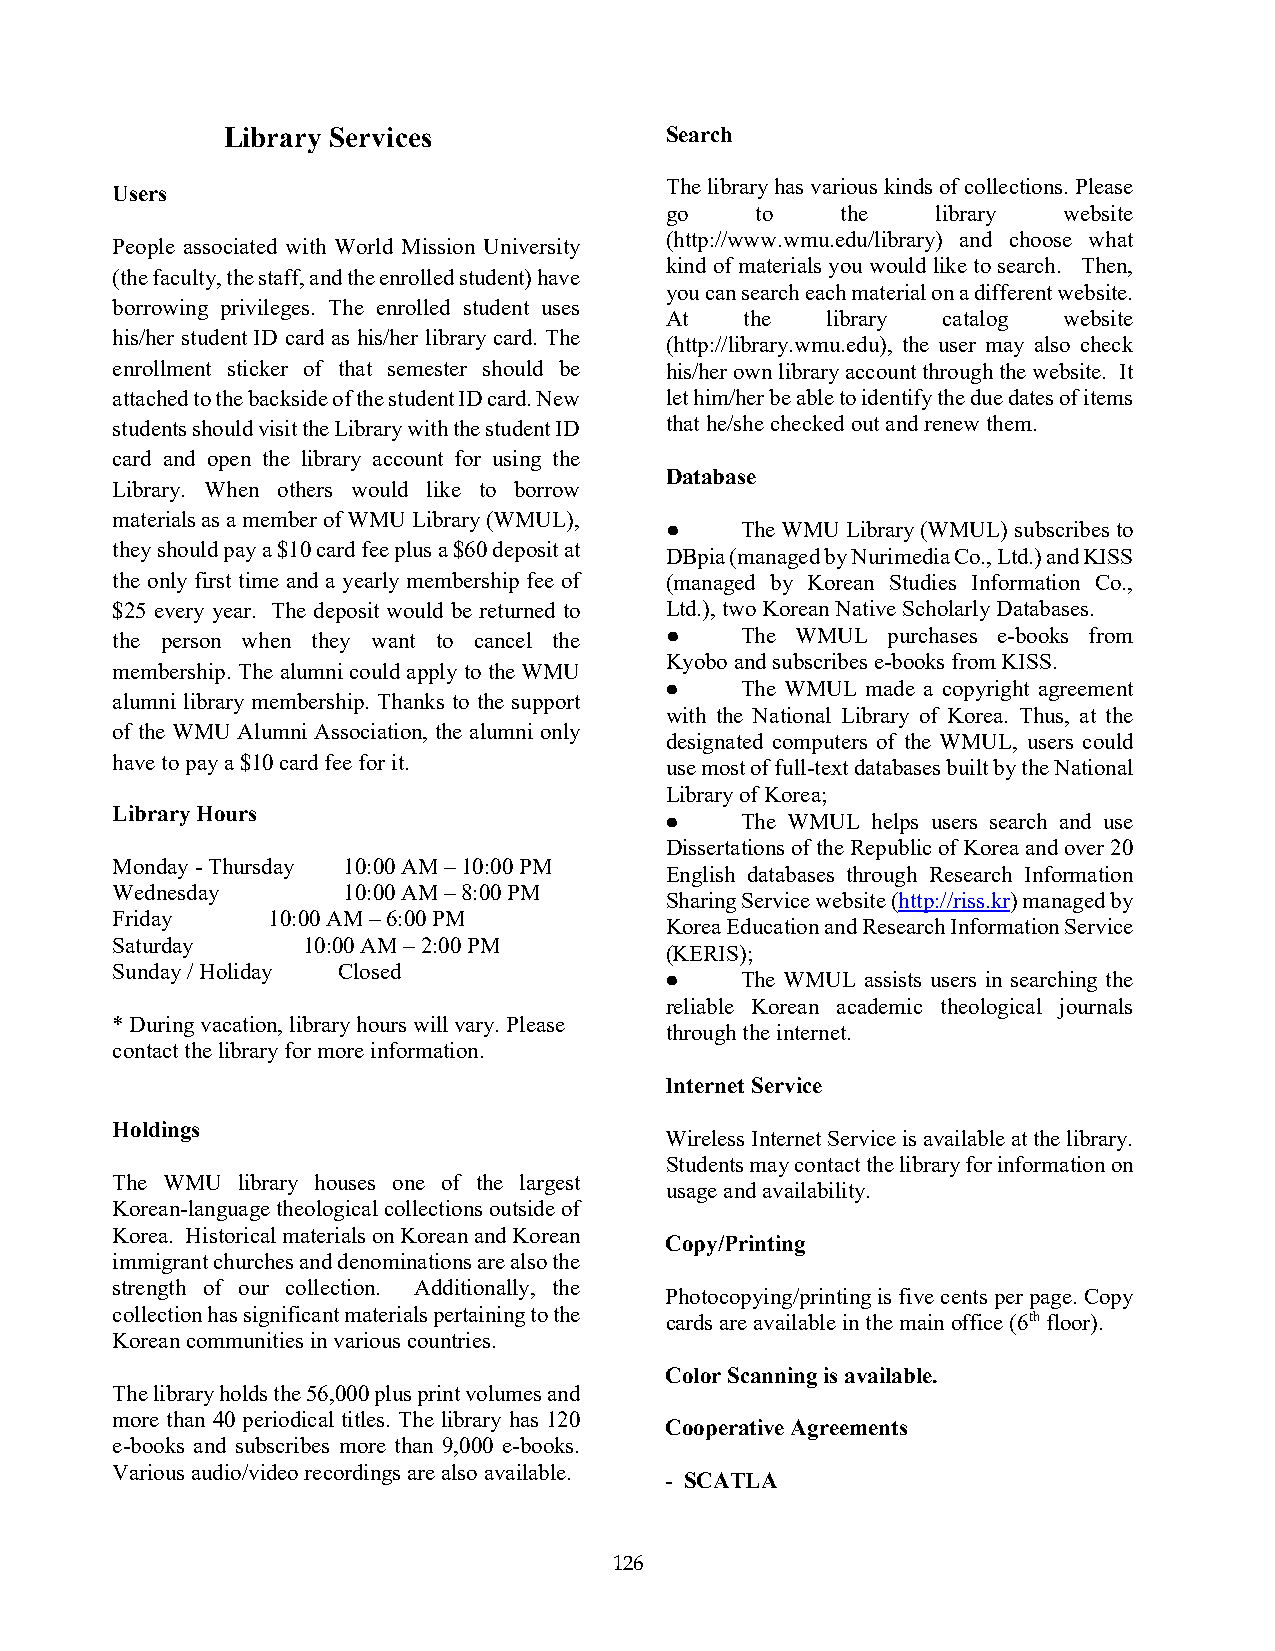
Library Services             Search
 The library has various kinds of collections. Please
 Users
 go    to    the   library website
 (http://www.wmu.edu/library) and choose what
 People associated with World Mission University
 kind of materials you would like to search. Then,
 (the faculty, the staff, and the enrolled student) have
 you can search each material on a different website.
 borrowing privileges. The enrolled student uses
 At   the   library catalog website
 his/her student ID card as his/her library card. The
 (http://library.wmu.edu), the user may also check
 enrollment sticker of that semester should be his/her own library account through the website. It
 attached to the backside of the student ID card. New let him/her be able to identify the due dates of items
 students should visit the Library with the student ID that he/she checked out and renew them.
 card and open the library account for using the
 Database
 Library. When others would like to borrow
 materials as a member of WMU Library (WMUL),
 ●    The WMU Library (WMUL) subscribes to
 they should pay a $10 card fee plus a $60 deposit at
 DBpia (managed by Nurimedia Co., Ltd.) and KISS
 the only first time and a yearly membership fee of (managed by Korean Studies Information Co.,
 $25 every year. The deposit would be returned to Ltd.), two Korean Native Scholarly Databases.
 the person when they want to cancel the ● The WMUL  purchases e-books from
 Kyobo and subscribes e-books from KISS.
 membership. The alumni could apply to the WMU
 ●    The WMUL made a copyright agreement
 alumni library membership. Thanks to the support
 with the National Library of Korea. Thus, at the
 of the WMU Alumni Association, the alumni only
 designated computers of the WMUL, users could
 have to pay a $10 card fee for it.   use most of full-text databases built by the National
 Library of Korea;
 Library Hours
 ●    The WMUL helps users search and use
 Dissertations of the Republic of Korea and over 20
 Monday - Thursday 10:00 AM – 10:00 PM
 English databases through Research Information
 Wednesday       10:00 AM – 8:00 PM
 Sharing Service website (http://riss.kr) managed by
 Friday     10:00 AM – 6:00 PM
 Korea Education and Research Information Service
 Saturday     10:00 AM – 2:00 PM
 (KERIS);
 Sunday / Holiday Closed
 ●    The WMUL assists users in searching the
 reliable Korean academic theological journals
 * During vacation, library hours will vary. Please
 through the internet.
 contact the library for more information.
 Internet Service
 Holdings
 Wireless Internet Service is available at the library.
 Students may contact the library for information on
 The WMU  library houses one of the largest
 usage and availability.
 Korean-language theological collections outside of
 Korea. Historical materials on Korean and Korean
 Copy/Printing
 immigrant churches and denominations are also the
 strength of our collection. Additionally, the
 Photocopying/printing is five cents per page. Copy
 collection has significant materials pertaining to the cards are available in the main office (6th floor).
 Korean communities in various countries.
 Color Scanning is available.
 The library holds the 56,000 plus print volumes and
 more than 40 periodical titles. The library has 120
 Cooperative Agreements
 e-books and subscribes more than 9,000 e-books.
 Various audio/video recordings are also available.
 - SCATLA
 126